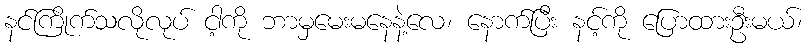
နင်ကြိုက်သလိုလုပ် ငါ့ကို ဘာမှမေးမနေနဲ့လေ၊ နောက်ပြီး နင့်ကို ပြောထားဦးမယ်၊